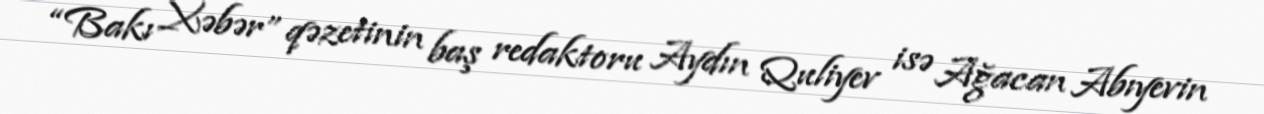
“Bakı Xəbər” qəzetinin baş redaktoru Aydın Quliyev isə Ağacan Abıyevin